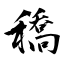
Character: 穚